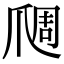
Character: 𬋬